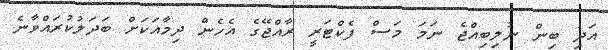
އަދި ބިން ނުލިބިއްޖެ ނަމަ މަސް ފެކްޓަރީ ރާއްޖޭގެ އެހެން ދިމާއަކަށް ބަދަލުކުރައްވާނެ